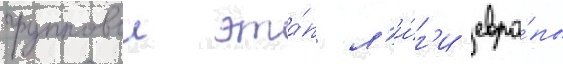
групповои эта́п л'и́г'и евро́пы